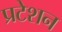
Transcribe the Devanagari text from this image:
प्रटेशन